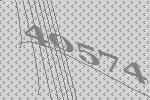
40574